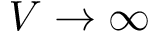
V \rightarrow \infty